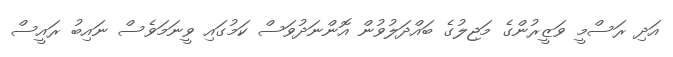
އަދި ރަސްމީ ވަޒީރުންގެ މަޖިލުގެ ބައްދަލުވުން އޮންނަދުވަސް ކަމުގައި ވީނަމަވެސް ނައިބު ރައީސް